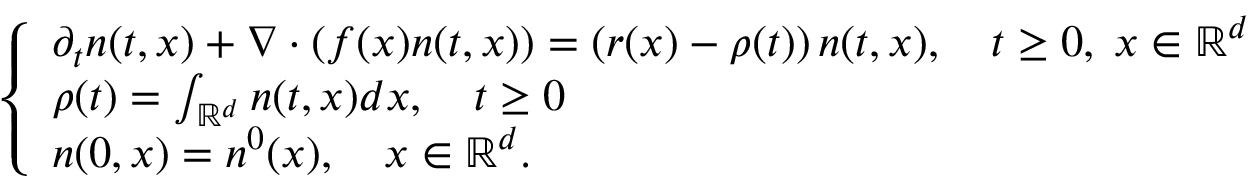
\begin{array} { r } { \left\{ \begin{array} { l l } { \partial _ { t } n ( t , x ) + \nabla \cdot \left( f ( x ) n ( t , x ) \right) = \left( r ( x ) - \rho ( t ) \right) n ( t , x ) , \quad t \geq 0 , \; x \in \mathbb { R } ^ { d } } \\ { \rho ( t ) = \int _ { \mathbb { R } ^ { d } } { n ( t , x ) d x } , \quad t \geq 0 } \\ { n ( 0 , x ) = n ^ { 0 } ( x ) , \quad x \in \mathbb { R } ^ { d } . } \end{array} \right. } \end{array}